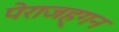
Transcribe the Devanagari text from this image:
पेराजह्गन